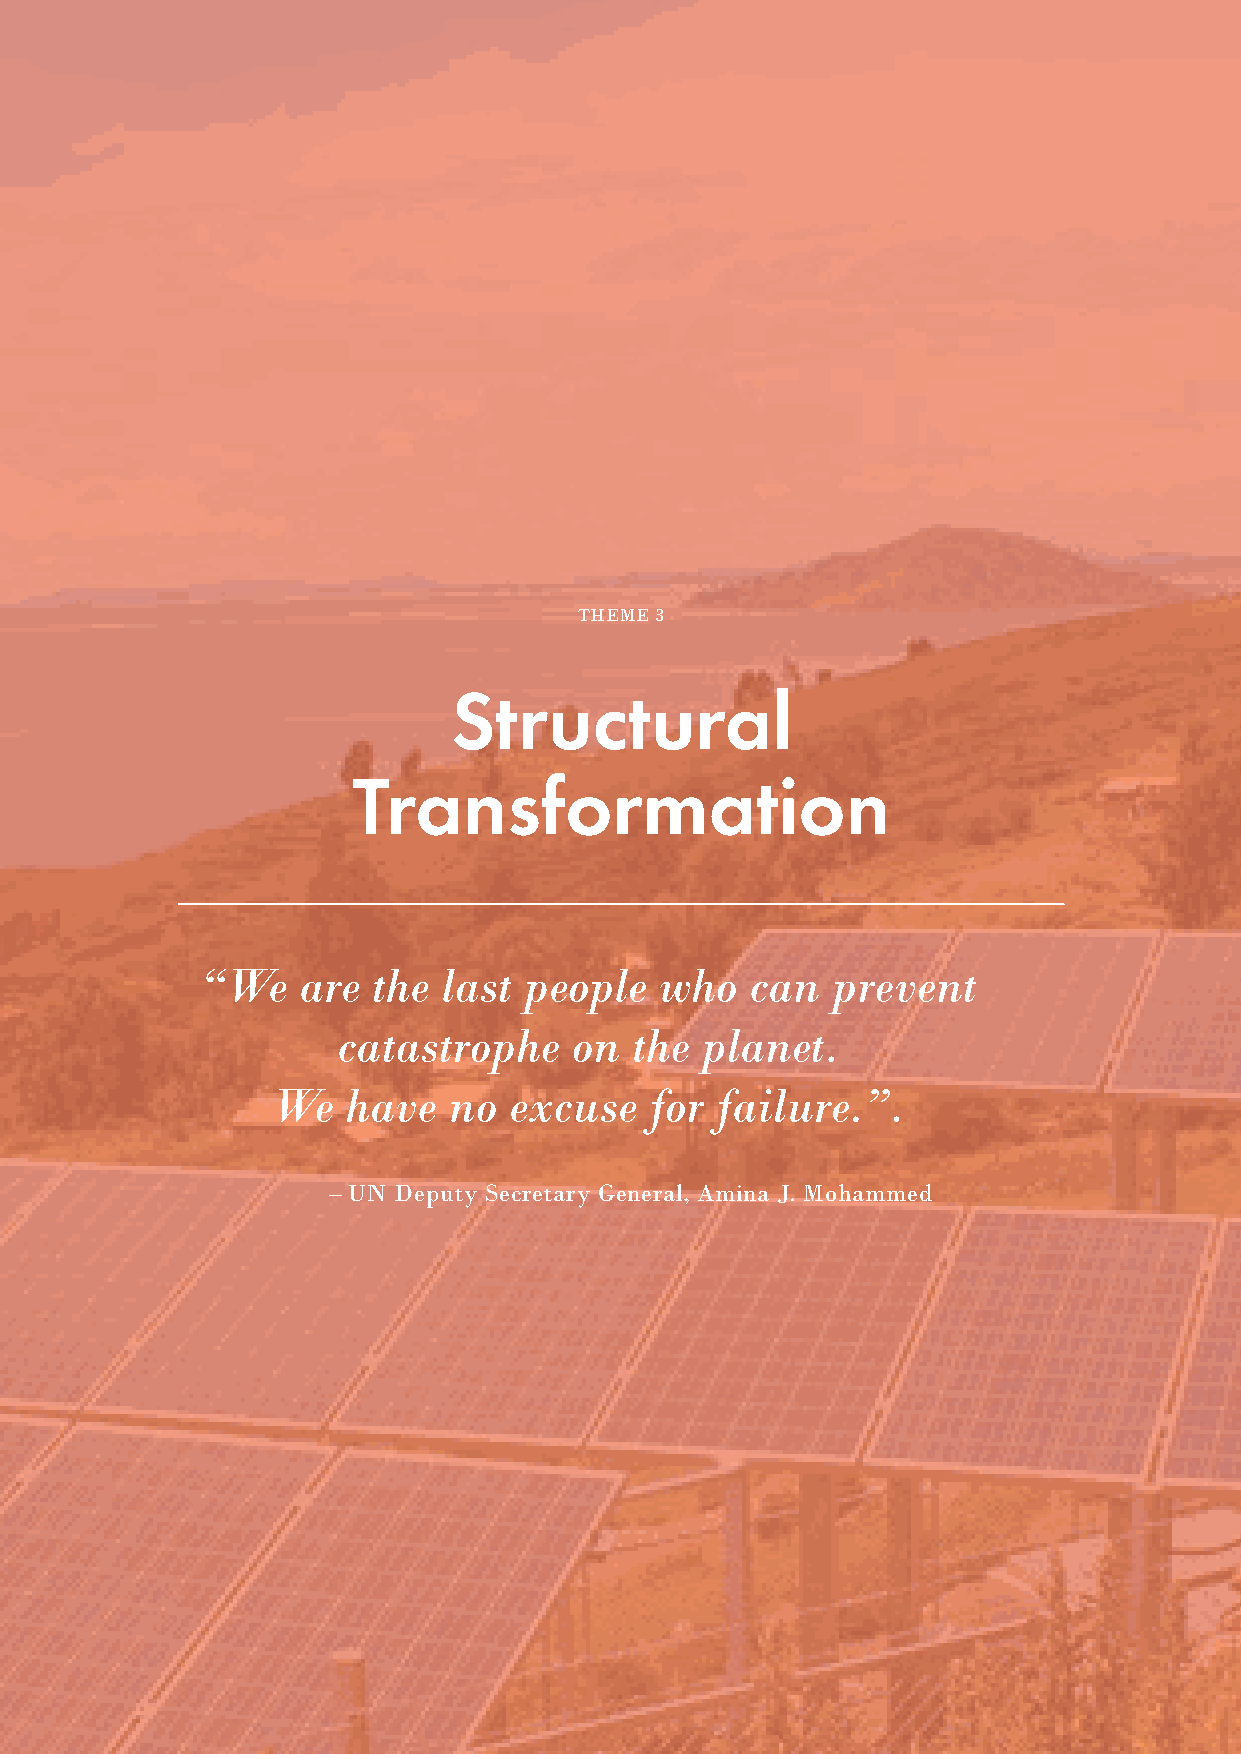
THEME 3
 Structural
 Transformation
 “We    are  the last  people   who   can  prevent
 catastrophe     on  the planet.
 We   have   no  excuse   for failure.”.
 – UN Deputy Secretary General, Amina J. Mohammed